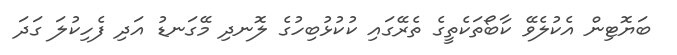
ބަޔޮޓިން އެކުލެވޭ ކާބޯތަކެތީގެ ތެރޭގައި ކުކުޅުބިހުގެ ލޮނދި މޭގަނޑު އަދި ފެހިކުލަ ގަދަ